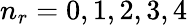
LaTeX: n_{r}=0,1,2,3,4